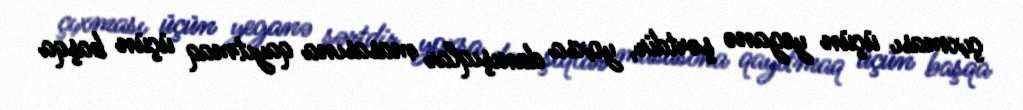
çıxması üçün yeganə şərtdir, yoxsa danışıqlar masasına qayıtmaq üçün başqa